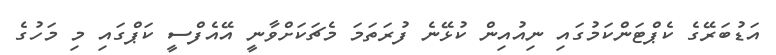
އަޑުބަރޭގެ ކެޕްޓަންކަމުގައި ނިއުއިން ކުޅޭނެ ފުރަތަމަ މެޗަކަށްވާނީ އޭއެފްސީ ކަޕްގައި މި މަހުގެ